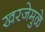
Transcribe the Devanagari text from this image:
खरजेमुळे